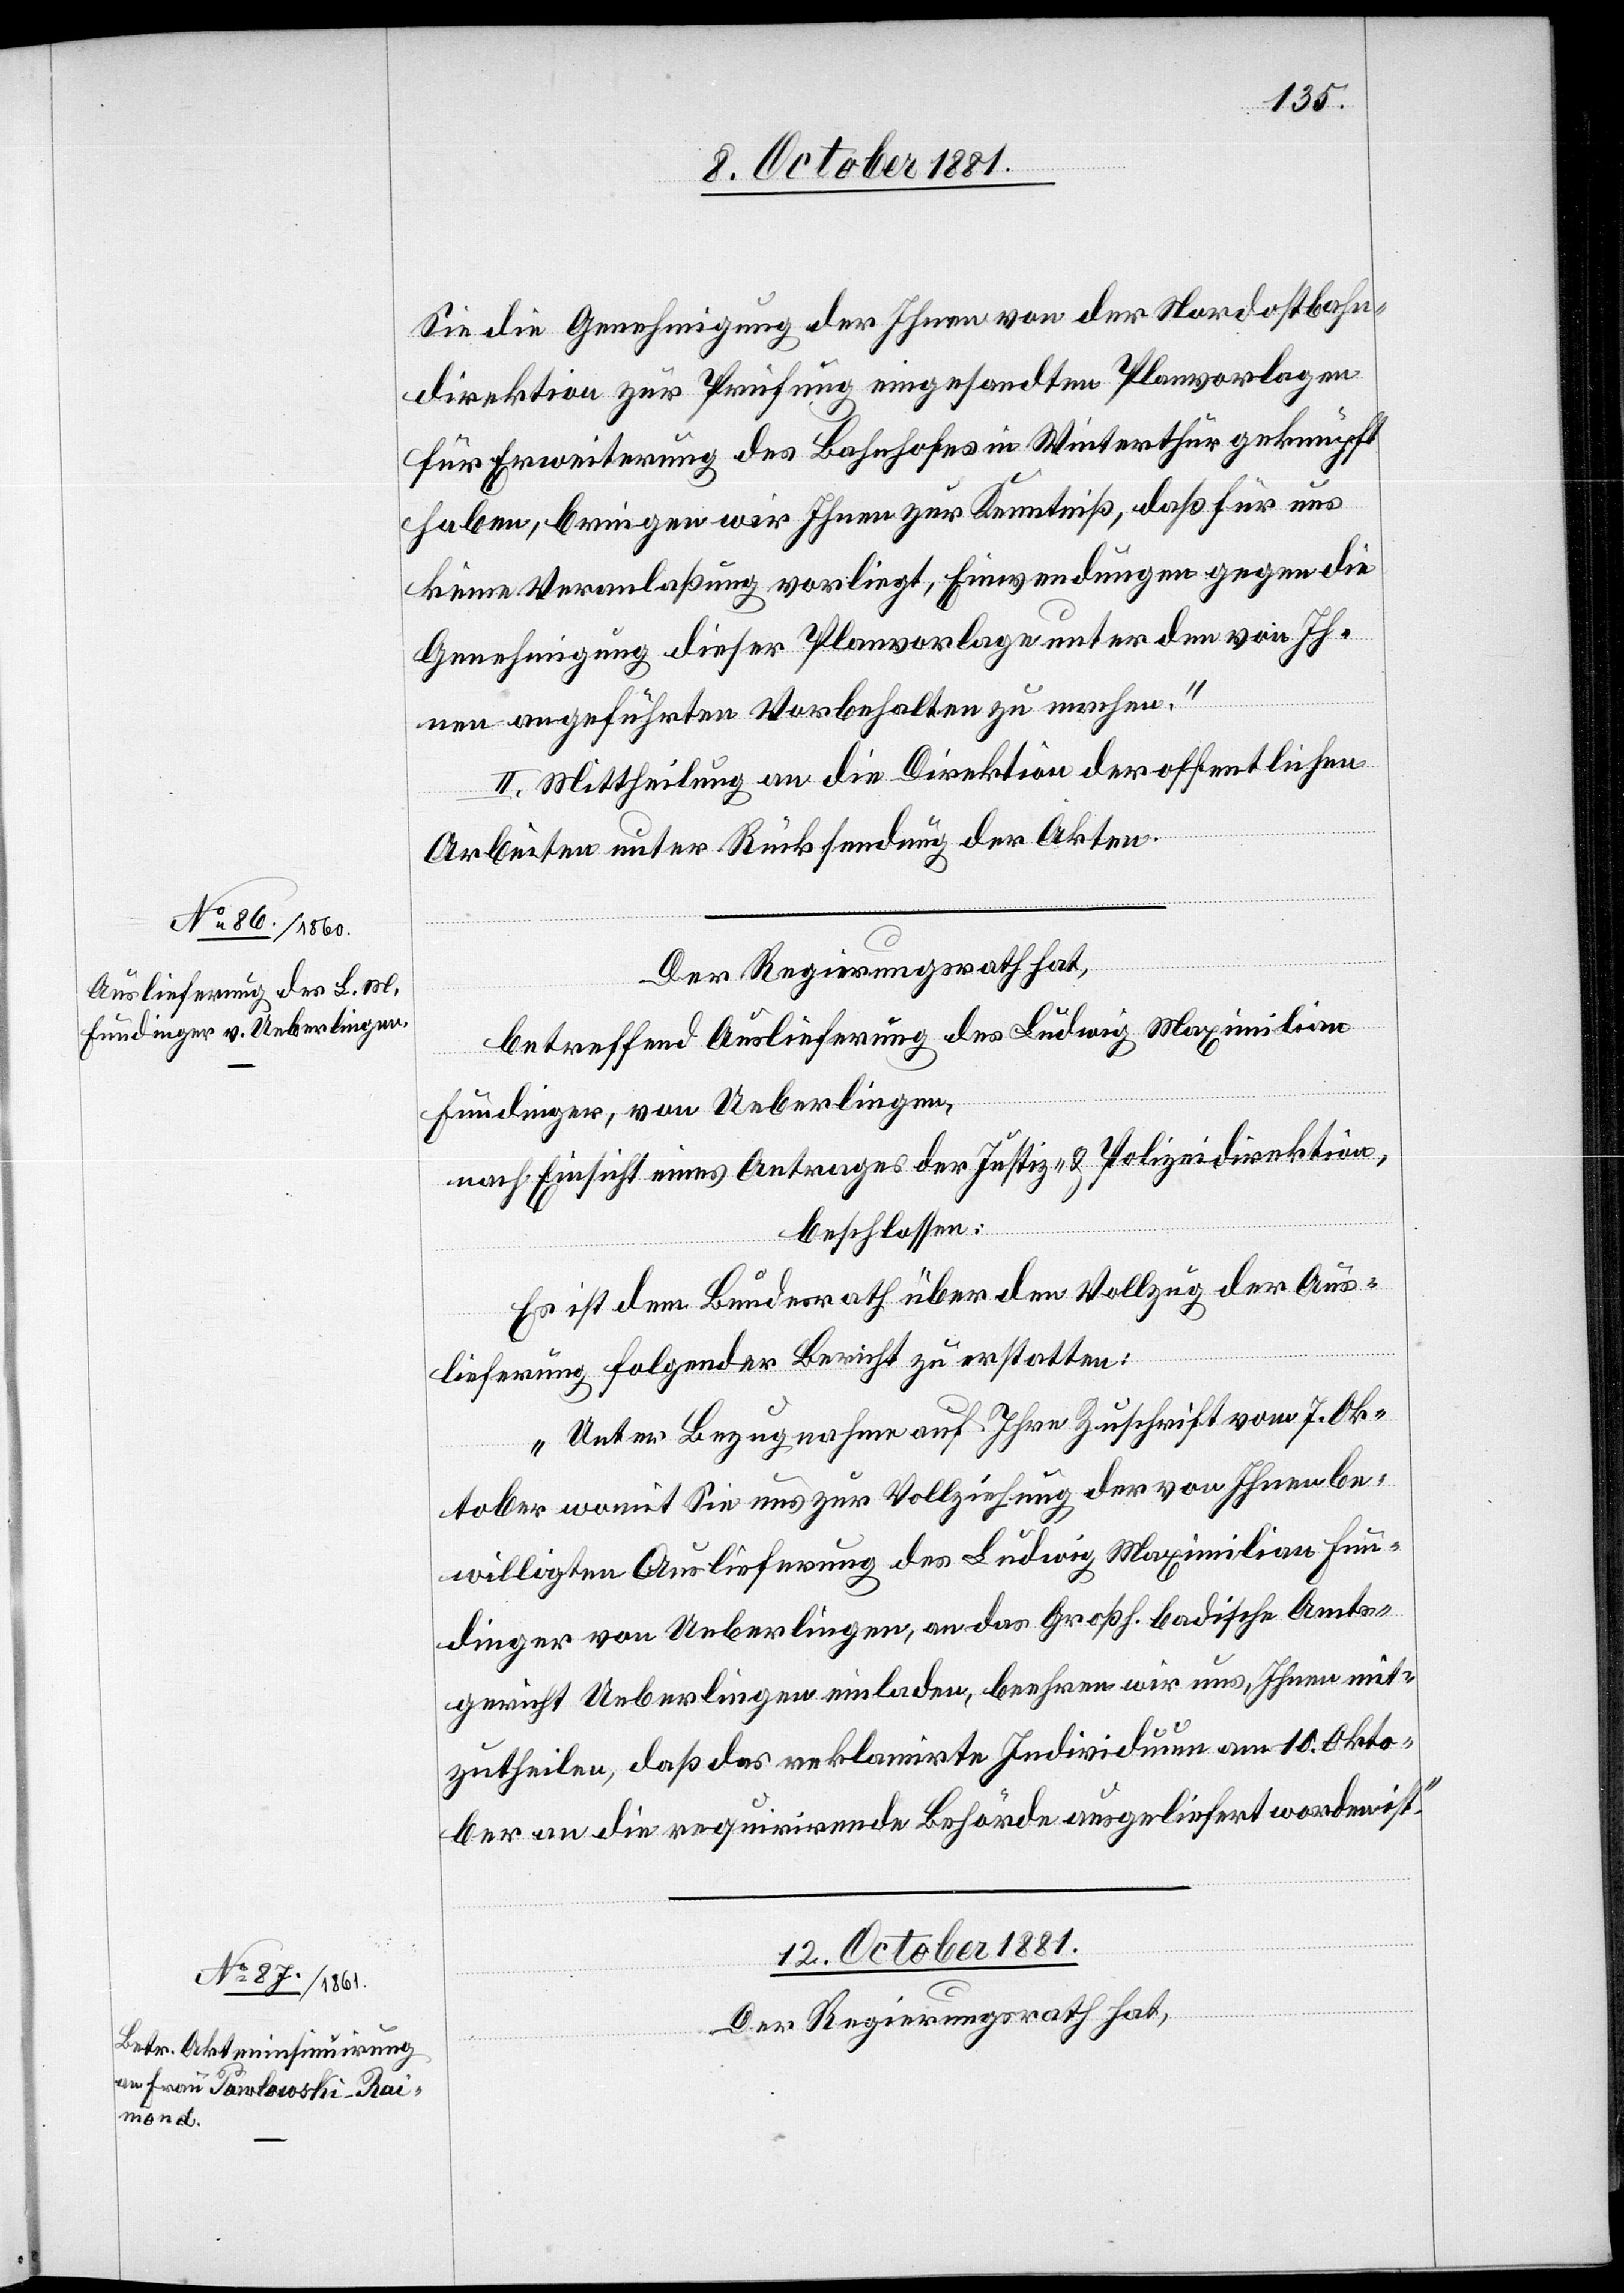
Sie die Genehmigung der Ihnen von der Nordostbahn¬
direktion zur Prüfung eingesandten Planvorlagen
für Erweiterung des Bahnhofes in Winterthur geknüpft
haben, bringen wir Ihnen zur Kenntniß, daß für uns
keine Veranlaßung vorliegt, Einwendungen gegen die
Genehmigung dieser Planvorlagen unter den von Ih¬
nen angeführten Vorbehalten zu machen.“
II. Mittheilung an die Direktion der öffentlichen
Arbeiten unter Rücksendung der Akten.
betreffend Auslieferung des Ludwig Maximilian
Fundinger, von Ueberlingen,
nach Einsicht eines Antrages der Justiz- & Polizeidirektion,
beschlossen:
Es ist dem Bundesrath über den Vollzug der Aus¬
lieferung folgender Bericht zu erstatten:
„Unter Bezugnahme auf Ihre Zuschrift vom 7. Ok¬
tober womit Sie uns zur Vollziehung der von Ihnen be¬
willigten Auslieferung des Ludwig Maximilian Fun¬
dinger von Ueberlingen, an das Großh. badische Amts¬
gericht Ueberlingen einladen, beehren wir uns, Ihnen mit¬
zutheilen, daß das reklamirte Individuum am 10. Okto¬
ber an die requirirende Behörde ausgeliefert worden ist.“
12. October 1881.
Der Regierungsrath hat,